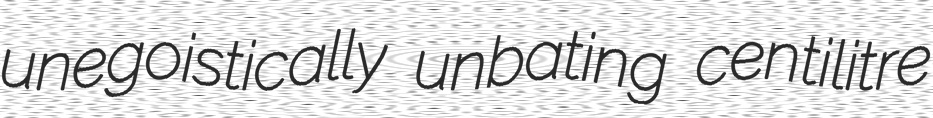
unegoistically unbating centilitre